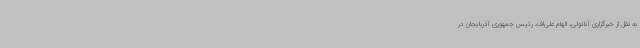
به نقل از خبرگزاری آناتولی، الهام علی‌اف، رئیس جمهوری آذربایجان در